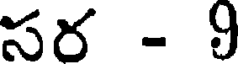
సర - 9